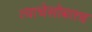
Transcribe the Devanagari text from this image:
त्याचेसोबतच